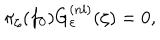
\pi _ { \zeta } ( f _ { 0 } ) G _ { \varepsilon } ^ { ( n l ) } ( \zeta ) = 0 ,